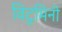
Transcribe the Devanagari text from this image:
विटुमिनी